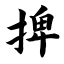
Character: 捭